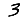
Digit: 3